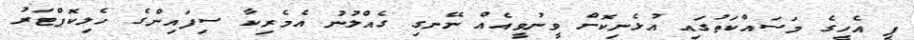
ޕީ އެހީގެ މަސައްކަތުގައި އުޅެނިކޮށް ވީނުވީއެއް ނޭނގި ގެއްލުނު އެމެރިކާ ސިފައިންގެ ހެލިކޮޕްޓަރު